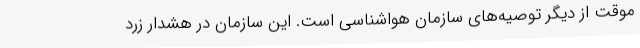
موقت از دیگر توصیه‌های سازمان هواشناسی است. این سازمان در هشدار زرد